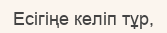
Есігіңе келіп тұр,